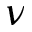
\nu